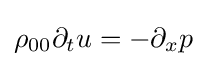
\rho _{00}\partial _{t}u=-\partial _{x}p